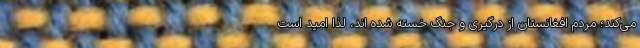
می‌کند؛ مردم افغانستان از درگیری و جنگ خسته شده اند، لذا امید است